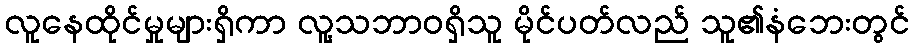
လူနေထိုင်မှုများရှိကာ လူ့သဘာဝရှိသူ မိုင်ပတ်လည် သူ၏နံဘေးတွင်